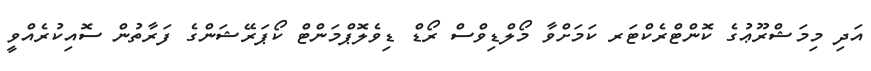
އަދި މިމަޝްރޫޢުގެ ކޮންޓްރެކްޓަރ ކަމަށްވާ މޯލްޑިވްސް ރޯޑް ޑިވެލޮޕްމަންޓް ކޯޕަރޭޝަންގެ ފަރާތުން ސޮއިކުރެއްވީ